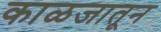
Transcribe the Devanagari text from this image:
काळजातून